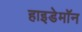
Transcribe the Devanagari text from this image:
हाइडेमॉन